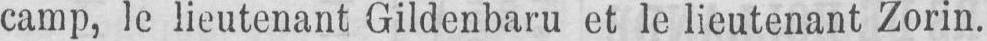
camp, le lieutenant Gildenbaru et le lieutenant Zorin.